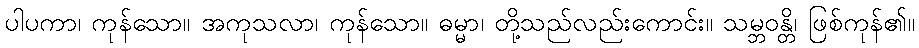
ပါပကာ၊ ကုန်သော။ အကုသလာ၊ ကုန်သော။ ဓမ္မာ၊ တို့သည်လည်းကောင်း။ သမ္ဘဝန္တိ၊ ဖြစ်ကုန်၏။